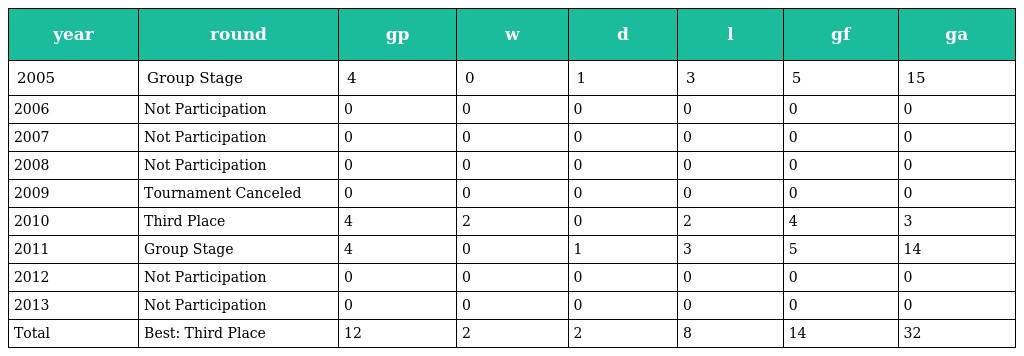
| year | round | gp | w | d | l | gf | ga |
 | --- | --- | --- | --- | --- | --- | --- | --- |
 | 2005 | Group Stage | 4 | 0 | 1 | 3 | 5 | 15 |
 | 2006 | Not Participation | 0 | 0 | 0 | 0 | 0 | 0 |
 | 2007 | Not Participation | 0 | 0 | 0 | 0 | 0 | 0 |
 | 2008 | Not Participation | 0 | 0 | 0 | 0 | 0 | 0 |
 | 2009 | Tournament Canceled | 0 | 0 | 0 | 0 | 0 | 0 |
 | 2010 | Third Place | 4 | 2 | 0 | 2 | 4 | 3 |
 | 2011 | Group Stage | 4 | 0 | 1 | 3 | 5 | 14 |
 | 2012 | Not Participation | 0 | 0 | 0 | 0 | 0 | 0 |
 | 2013 | Not Participation | 0 | 0 | 0 | 0 | 0 | 0 |
 | Total | Best: Third Place | 12 | 2 | 2 | 8 | 14 | 32 |